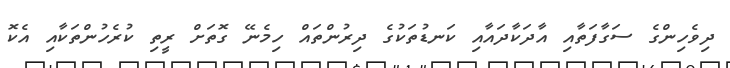
ދިވެހިންގެ ސަގާފަތާއި އާދަކާދައާއި ކަނޑުތަކުގެ ދިރުންތައް ހިމެނޭ ގޮތަށް ރީތި ކުރެހުންތަކާއި އެކޮ